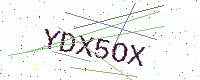
Text: YDX5OX